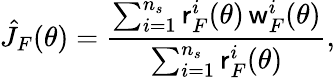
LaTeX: \hat{J}_{F}(\theta)=\frac{\sum_{i=1}^{n_{s}}\mathsf{r}_{F}^{i}(\theta)\, \mathsf{w}_{F}^{i}(\theta)}{\sum_{i=1}^{n_{s}}\mathsf{r}_{F}^{i}(\theta)},